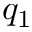
q _ { 1 }